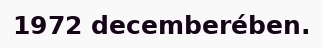
1972 decemberében.